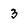
Character: 3